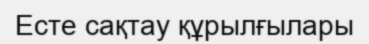
Есте сақтау құрылғылары